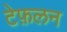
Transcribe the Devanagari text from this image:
टेफ़लन